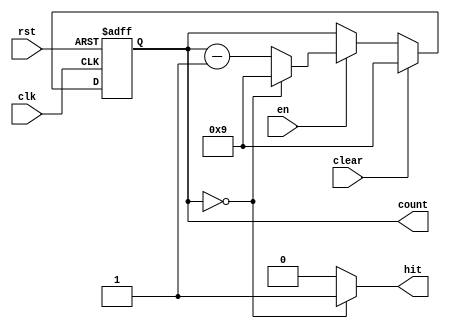
`timescale 1ns / 1ps
//////////////////////////////////////////////////////////////////////////////////
// Company: 
// Engineer: 
// 
// Design Name: 
// Module Name: counter
// Project Name: 
// Target Devices: 
// Tool Versions: 
// Description: 
// 
// Dependencies: 
// 
// Revision:
// Revision 0.01 - File Created
// Additional Comments:
// 
//////////////////////////////////////////////////////////////////////////////////


module counter # (parameter MAX=10,
                  parameter N_BIT=4)(
input wire clk, rst,
input wire en, clear,
output wire hit,
output reg [N_BIT-1:0] count
    );
    
reg [N_BIT-1:0] count_nxt;

always@(posedge clk, posedge rst)
if (rst==1'b1) count<=MAX-1;
else count<=count_nxt;  

always@(en,count, clear)
if (clear==1) count_nxt = MAX-1;
else if (en==1'b0) count_nxt=count;
     else if (count=={N_BIT{1'b0}}) count_nxt=MAX-1;
         else count_nxt=count-1;
         
assign hit=(count=={N_BIT{1'b0}})?1'b1:1'b0;
endmodule

module counter_up # (parameter MAX=10,
                  parameter N_BIT=4)(
input wire clk, rst,
input wire en,
output reg [N_BIT-1:0] count
    );
    
reg [N_BIT-1:0] count_nxt;

always@(posedge clk, posedge rst)
if (rst==1'b1) count<={N_BIT{1'b0}};
else count<=count_nxt;  

always@(en,count)
if (en==1'b0) count_nxt=count;
     else if (count==MAX-1) count_nxt={N_BIT{1'b0}};
         else count_nxt=count+1;   
endmodule